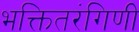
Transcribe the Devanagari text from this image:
भक्तितरंगिणी